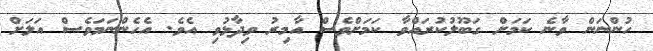
ހުންނަން ވާނެ ކަމަށް ގަބޫލުކުރައްވާ ކަމަށްވެސް އާމިރު ވިދާޅުވި އެވެ. އެހެންނަމަވެސް އަލަށް